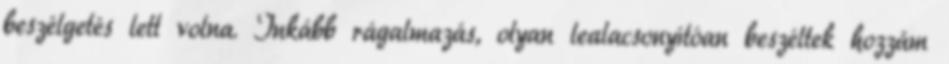
beszélgetés lett volna. Inkább rágalmazás, olyan lealacsonyítóan beszéltek hozzám